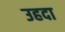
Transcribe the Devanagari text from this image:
उहदा